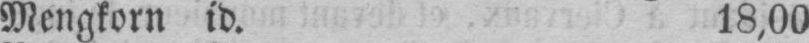
Mengkorn id. 18,00